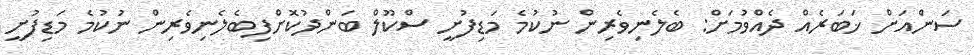
ސަންއަށް ޚަބަރެއް ދެއްވުމަށް: ބެލެނިވެރިން ނުކުމެ މަޑިފުށީ ސްކޫލް ބަންދުކޮށްފިބެލެނިވެރިން ނުކުމެ މަޑިފުށީ